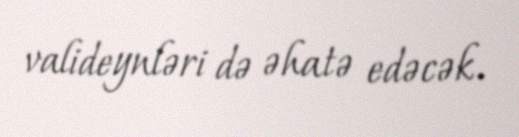
valideynləri də əhatə edəcək.